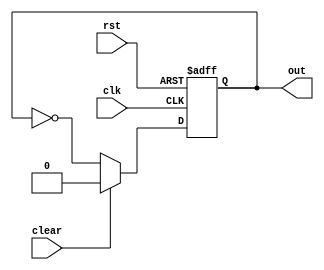
module nor_delay(
    input wire clk,
    input wire rst,
    input wire clear,
    output reg out
);

reg internal_signal;

always @(posedge clk or posedge rst) begin
    if (rst) begin
        internal_signal <= 1'b0;
    end else begin
        if (clear) begin
            internal_signal <= 1'b0;
        end else begin
            internal_signal <= !(internal_signal | internal_signal);
        end
    end
end

assign out = internal_signal;

endmodule